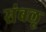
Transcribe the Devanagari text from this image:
संबलू